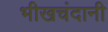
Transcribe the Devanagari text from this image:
भीखचंदानी